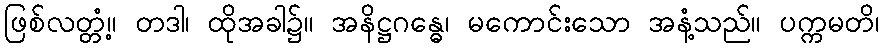
ဖြစ်လတ္တံ့။ တဒါ၊ ထိုအခါ၌။ အနိဋ္ဌဂန္ဓေ၊ မကောင်းသော အနံ့သည်။ ပက္ကမတိ၊